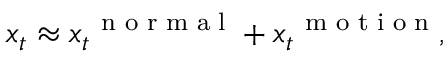
\boldsymbol x _ { t } \approx \boldsymbol x _ { t } ^ { \mathrm { ~ \scriptsize ~ n ~ o ~ r ~ m ~ a ~ l ~ } } + \boldsymbol x _ { t } ^ { \mathrm { ~ \scriptsize ~ m ~ o ~ t ~ i ~ o ~ n ~ } } ,